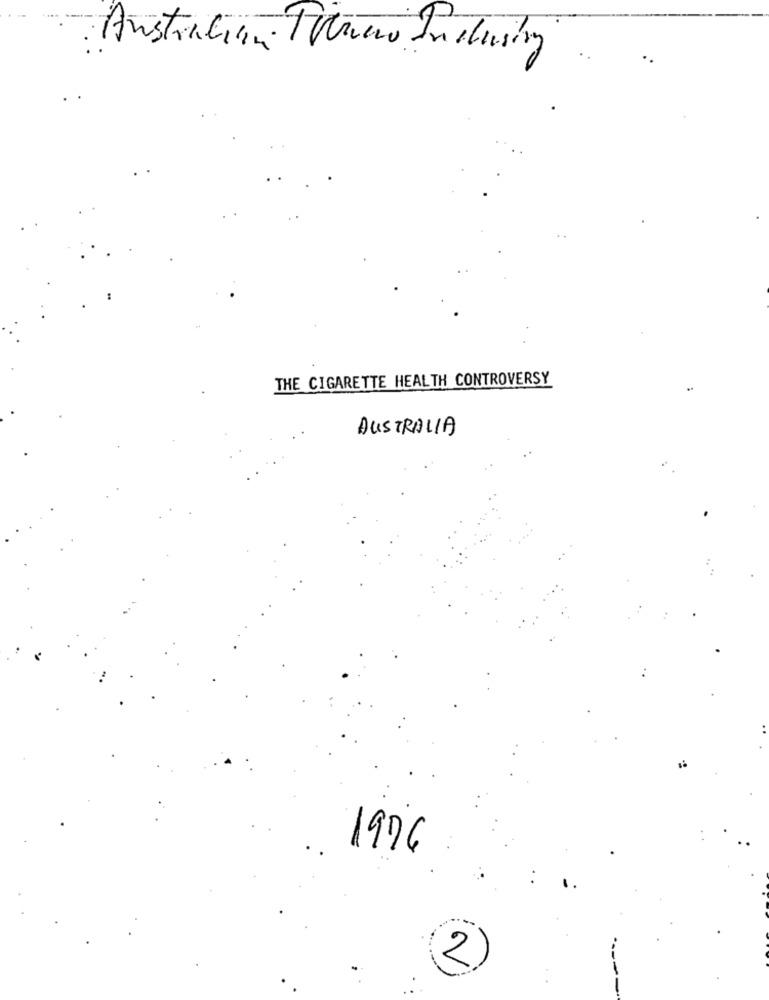
Austration Totune Industry
..
THE CIGARETTE HEALTH CONTROVERSY
.
AUSTRALIA
1976
2